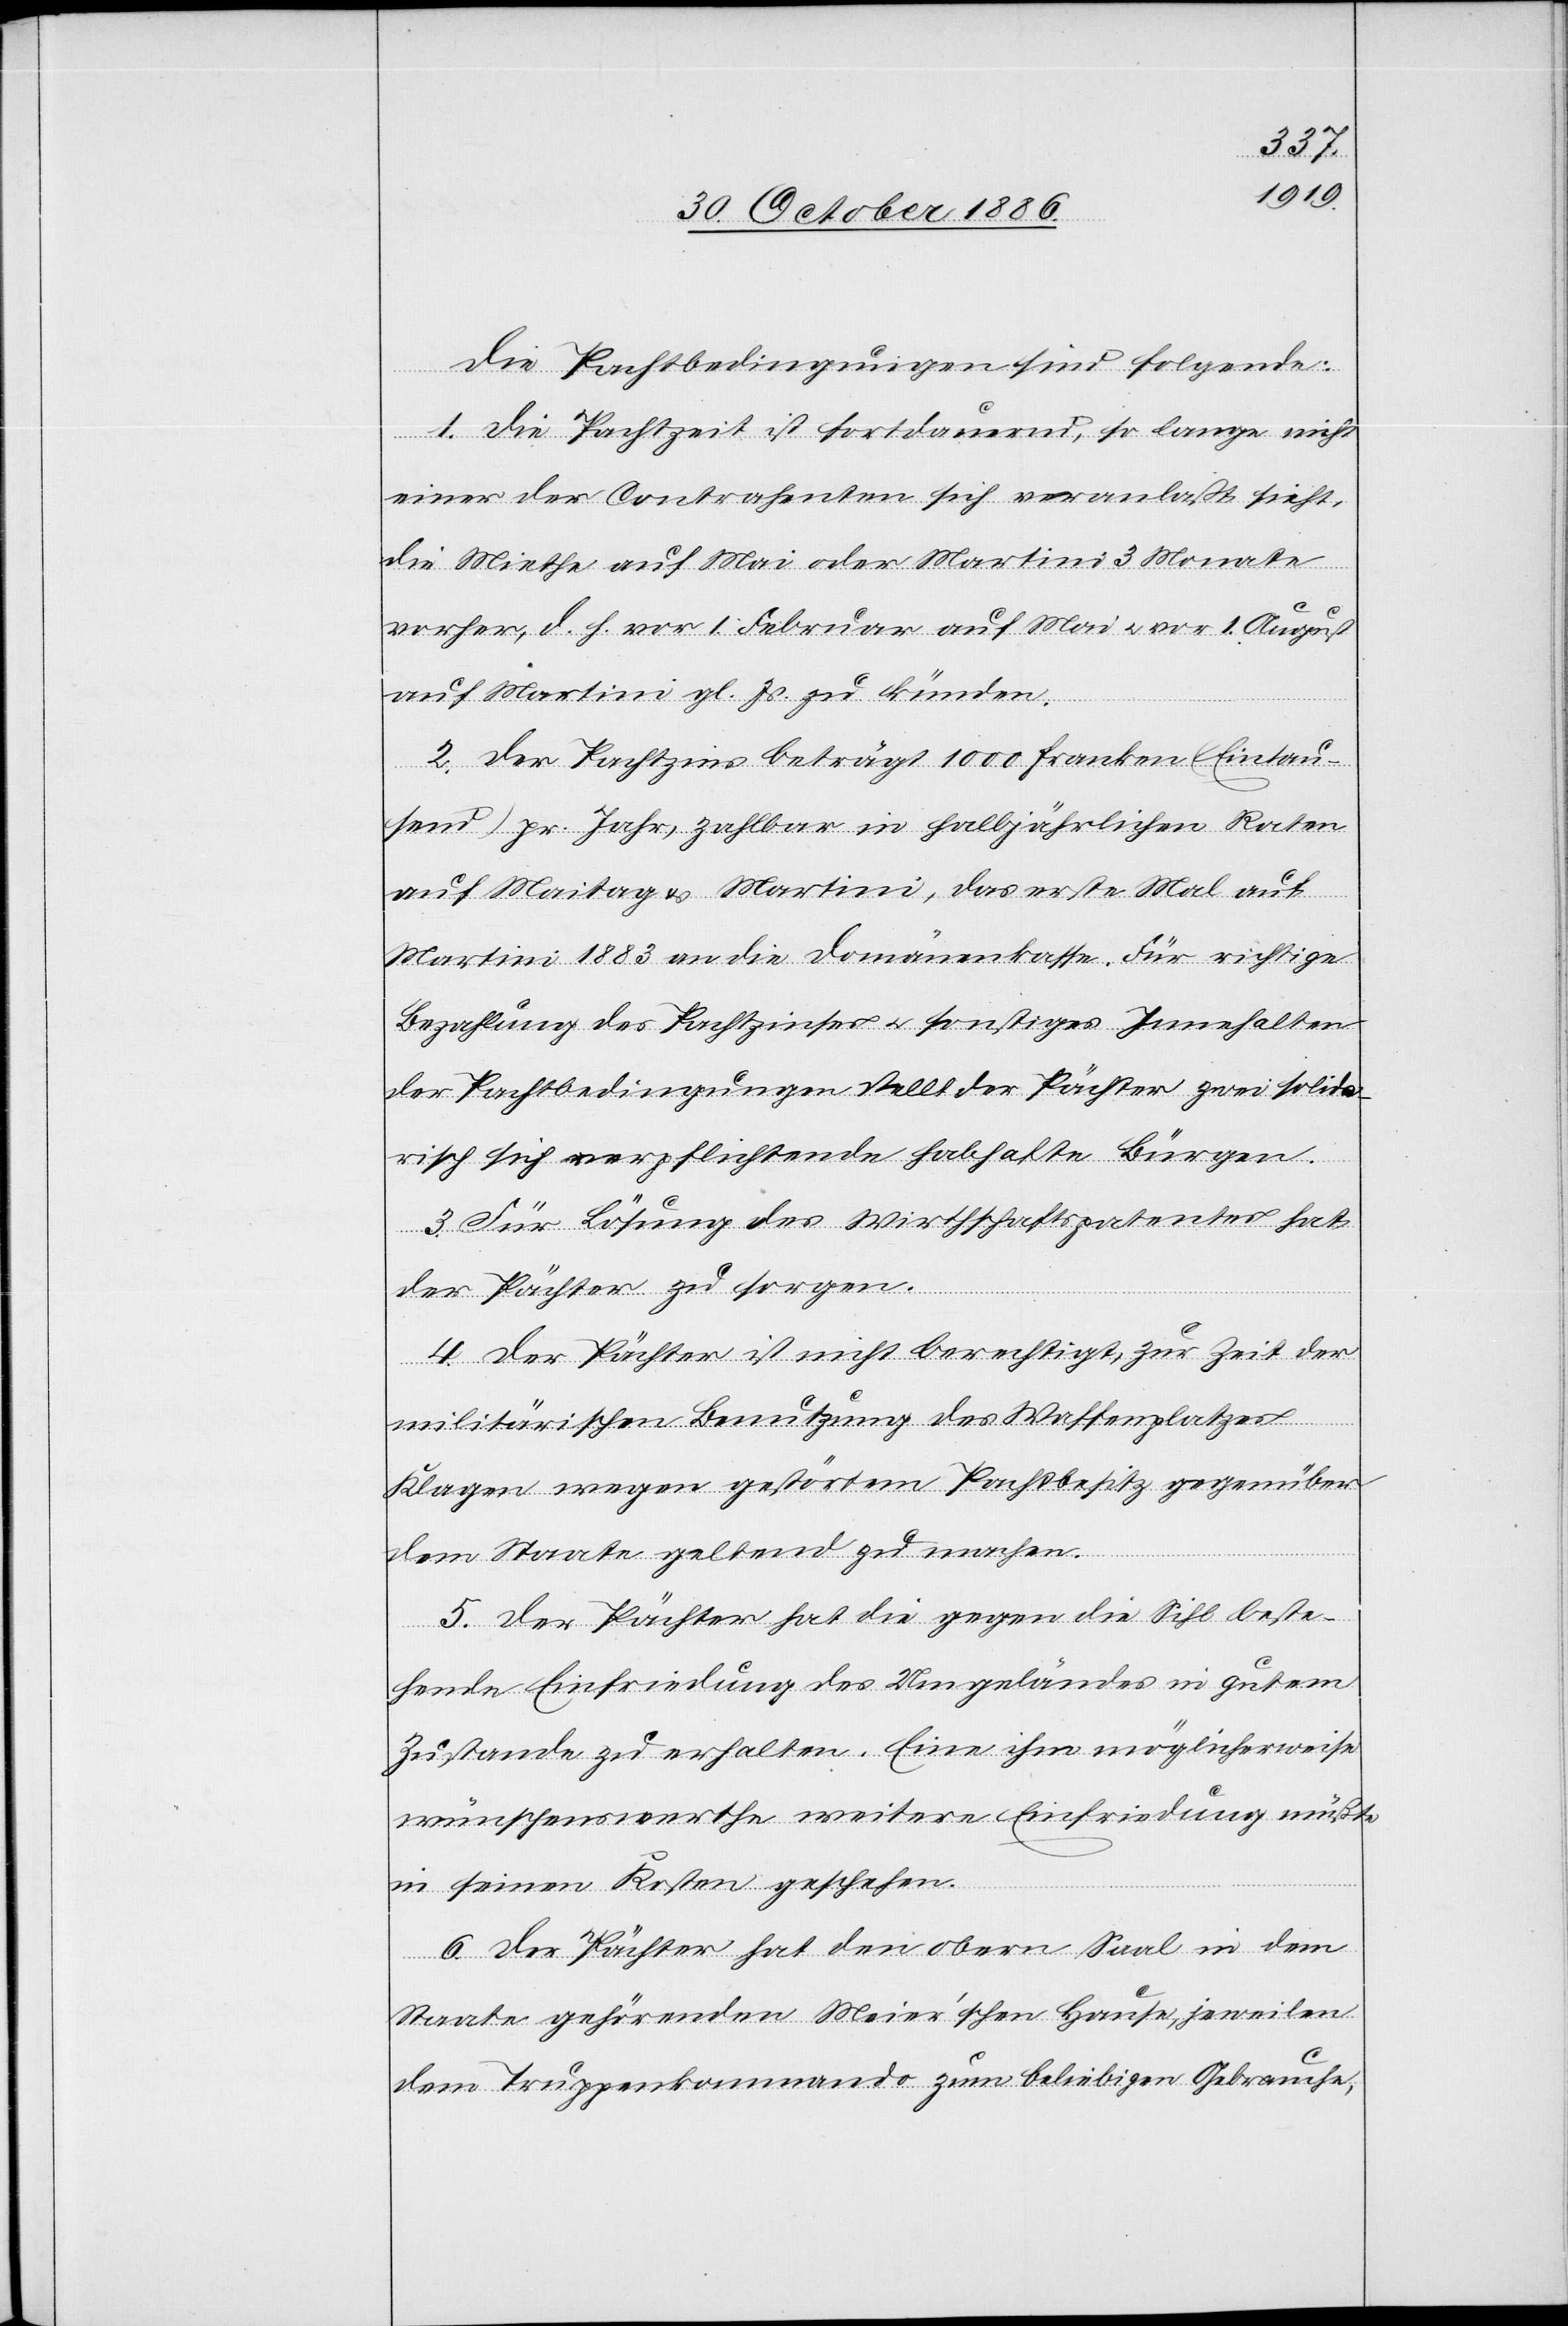
Die Pachtbedingungen sind folgende:
1. Die Pachtzeit ist fortdauernd, so lange nicht
einer der Contrahenten sich veranlaßt sieht,
die Miethe auf Mai oder Martini 3 Monate
vorher, d. h. vor 1. Februar auf Mai & vor 1. August
auf Martini gl. Js. zu künden.
2. Der Pachtzins beträgt 1000 Franken (Eintau¬
send) pr. Jahr, zahlbar in halbjährlichen Raten
auf Maitag & Martini, das erste Mal auf
Martini 1883 an die Domänenkasse. Für richtige
Bezahlung des Pachtzinses & sonstiges Innehalten
der Pachtbedingungen stellt der Pächter zwei solida¬
risch sich verpflichtende habhafte Bürgen.
3. Für Lösung des Wirthschaftspatentes hat
der Pächter zu sorgen.
4. Der Pächter ist nicht berechtigt, zur Zeit der
militärischen Benutzung des Waffenplatzes
Klagen wegen gestörtem Pachtbesitz gegenüber
dem Staate geltend zu machen.
5. Der Pächter hat die gegen die Sihl beste¬
hende Einfriedung des Umgeländes in gutem
Zustande zu erhalten. Eine ihm möglicherweise
wünschenswerthe weitere Einfriedung müßte
in seinen Kosten geschehen.
6. Der Pächter hat den obern Saal in dem
Staate gehörenden Meier’schen Hause, jeweilen
dem Truppenkommando zum beliebigen Gebrauche,